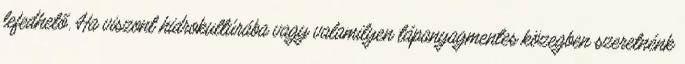
lefedhető. Ha viszont hidrokultúrába vagy valamilyen tápanyagmentes közegben szeretnénk